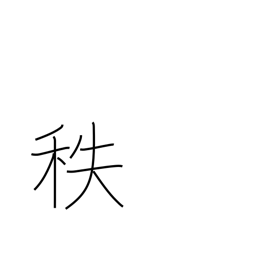
Meaning: salary